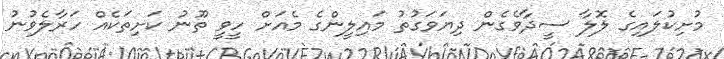
މުށިކުލައިގެ ލޮލާ ސީދާވެގެން ދިޔަވަގުތު މައިލީންގެ މެއަށް ހީވީ ތޫނު ކަށިތަކެއް ހަރާލެވުނު